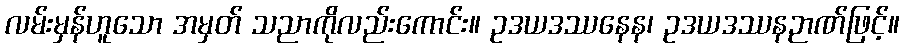
လမ်းမှန်ဟူသော အမှတ် သညာကိုလည်းကောင်း။ ဥဒယဒဿနေန၊ ဥဒယဒဿနဉာဏ်ဖြင့်။